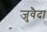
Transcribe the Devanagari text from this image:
जुवैदा